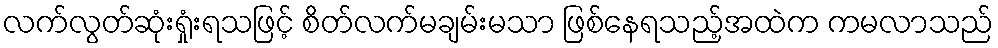
လက်လွတ်ဆုံးရှုံးရသဖြင့် စိတ်လက်မချမ်းမသာ ဖြစ်နေရသည့်အထဲက ကမလာသည်